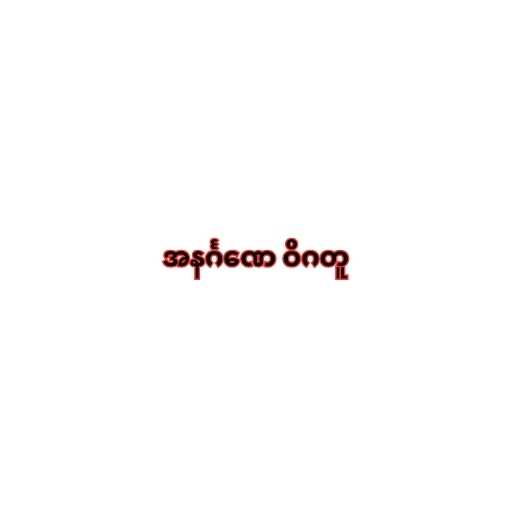
အနင်္ဂဏေ ဝိဂတူ